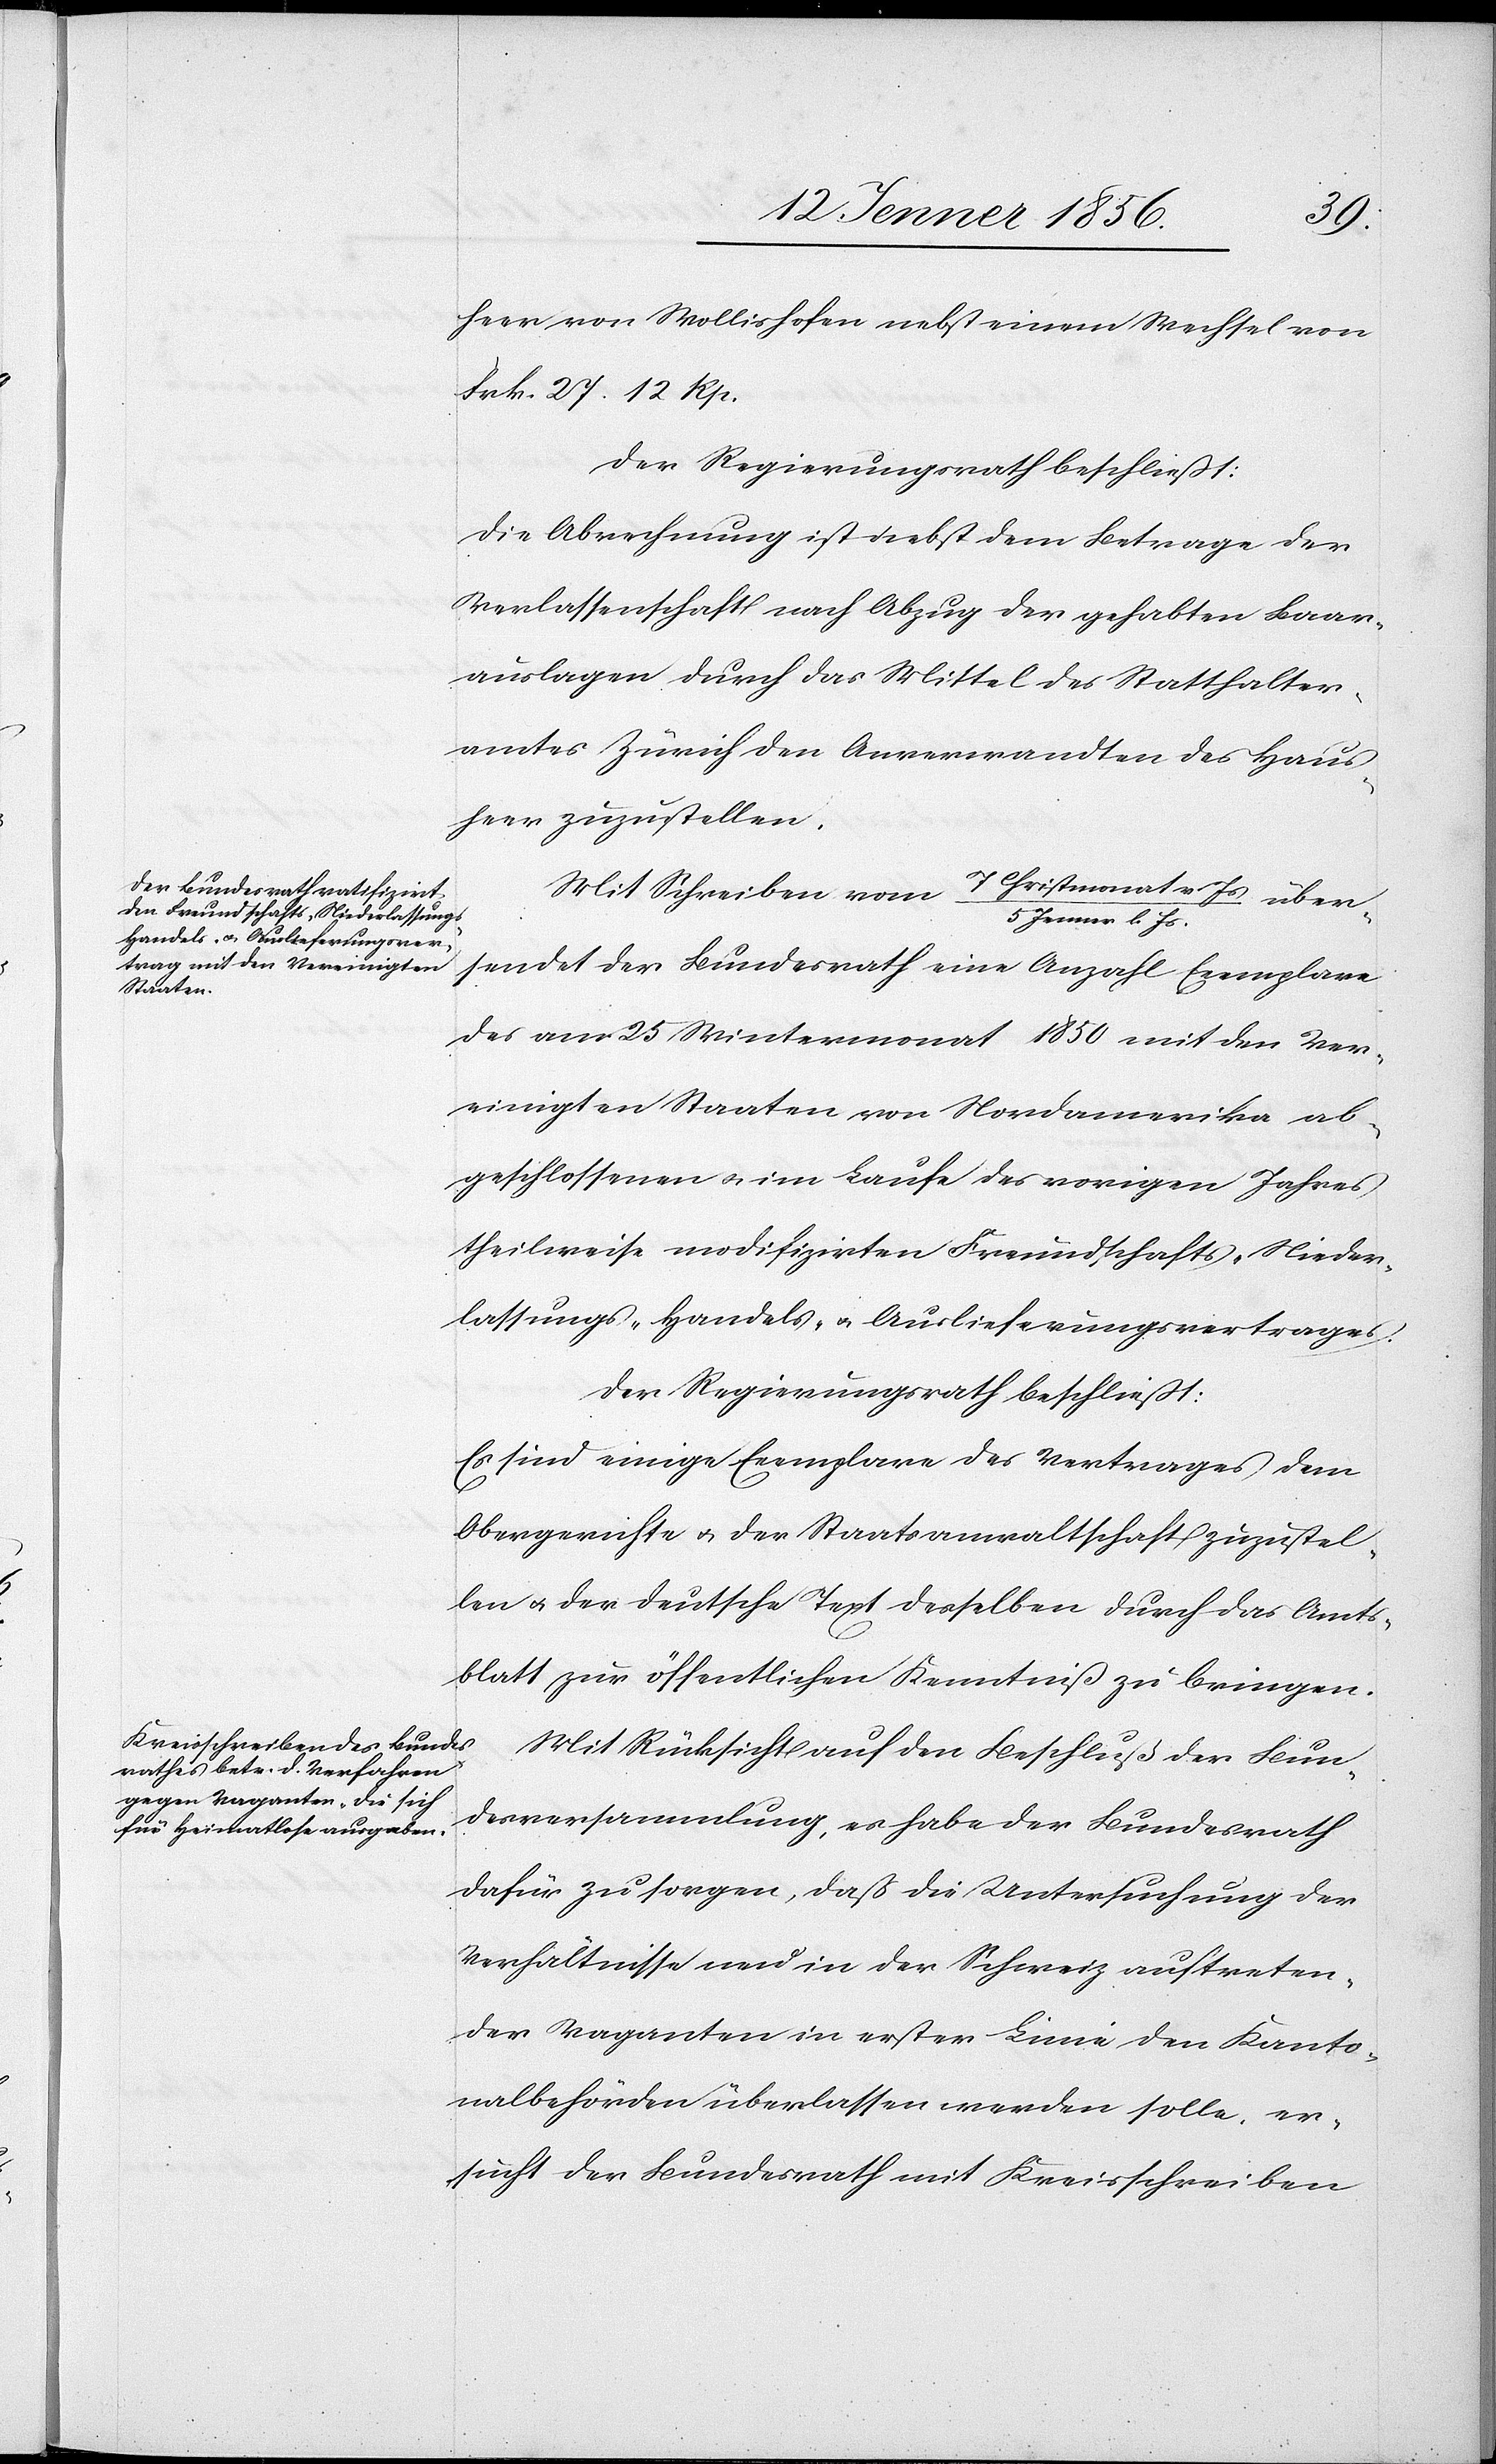
über¬
heer von Wollishofen nebst einem Wechsel von
Frk. 27. 12 Rp.
Der Regierungsrath beschließt:
Die Abrechnung ist nebst dem Betrage der
Verlassenschaft nach Abzug der gehabten Baar¬
auslagen durch das Mittel des Statthalter¬
amtes Zürich den Anverwandten des Haus¬
heer zuzustellen.
Mit Schreiben vom 7 Christmonat v Js/ 5
Jenner l. Js.
sendet der Bundesrath eine Anzahl Exemplare
des am 25 Wintermonat 1850 mit den Ver¬
einigten Staaten von Nordamerika ab¬
geschlossenen u. im Laufe des vorigen Jahres
theilweise modifizirten Freundschafts-[,] Nieder¬
lassungs-[,] Handels- u. Auslieferungsvertrages.
Der Regierungsrath beschließt:
Es sind einige Exemplare des Vertrages dem
Obergerichte u. der Staatsanwaltschaft zuzustel¬
len u. der deutsche Text desselben durch das Amts¬
blatt zur öffentlichen Kenntniß zu bringen.
Mit Rücksicht auf den Beschluß der Bun¬
desversammlung, es habe der Bundesrath
dafür zu sorgen, daß die Untersuchung der
Verhältnisse neu in der Schweiz auftreten¬
der Vaganten in erster Linie den Kanto¬
nalbehörden überlassen werden solle, er¬
sucht der Bundesrath mit Kreisschreiben